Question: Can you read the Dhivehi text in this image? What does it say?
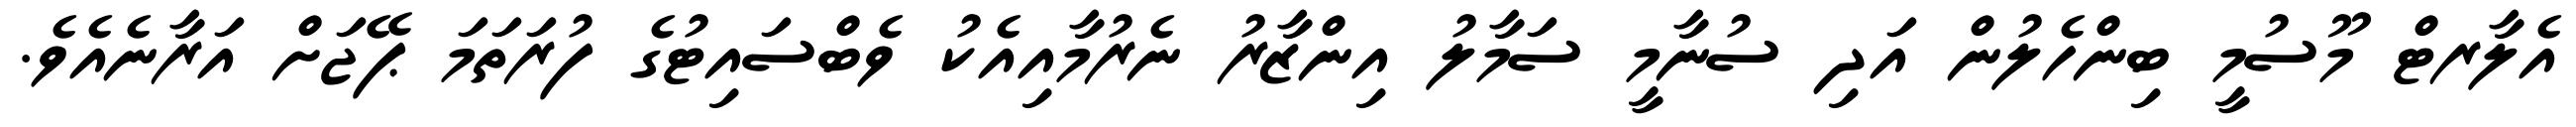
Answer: އެލާރޓް މޫސުމީ ބިންހެލުން އަދި ސުނާމީ ސަމާލު އިންޒާރު ނެރުމާއިއެކު ވެބްސައިޓުގެ ފުރަތަމަ ޕޭޖަށް އަރާނެއެވެ.